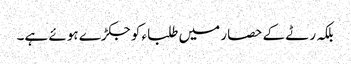
بلکہ رٹے کے حصار میں طلباء کو جکڑے ہوئے ہے۔